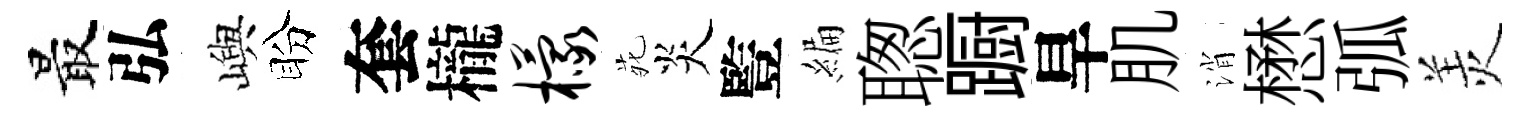
最弘嶼盼套櫳檬𫟍炎䜿編聦蹰旱肌消懋弧羙